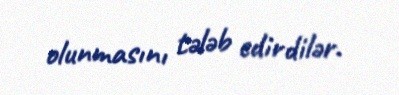
olunmasını tələb edirdilər.